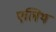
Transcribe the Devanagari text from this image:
एलिथ